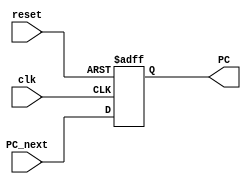
module PCCounter #(parameter Width = 32) 
(clk,reset , PC_next,  PC);
input clk,reset;
input [Width-1:0] PC_next;
output reg [Width-1:0] PC;
always@(posedge clk or posedge reset)
begin
// output next address when positive edge comes
if (reset)
PC <= 0;
else
PC <= PC_next;

end
endmodule